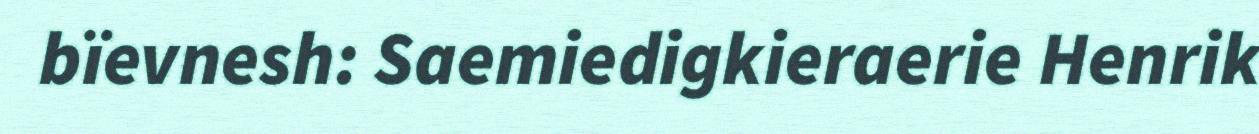
bïevnesh: Saemiedigkieraerie Henrik